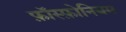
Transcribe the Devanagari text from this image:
फ़ॉस्फ़ोनियम